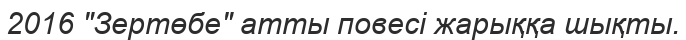
2016 "Зертөбе" атты повесі жарыққа шықты.